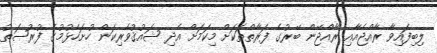
ލިބިފައިވާ ރާއްޖެއާއި ރާއްޖޭން ބޭރުގެ ފަރާތްތަކަށް މިކަމަށް އެދި ޝައުޤުވެރިކަން ހުށަހެޅުމުގެ ފުރުޞަތު